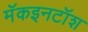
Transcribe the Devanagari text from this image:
मॅकइनटॉश